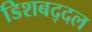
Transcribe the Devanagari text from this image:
डिशबद्दल